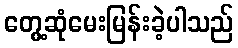
တွေ့ဆုံမေးမြန်းခဲ့ပါသည်